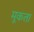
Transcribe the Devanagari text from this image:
मूकता